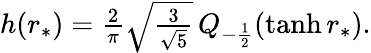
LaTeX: \begin{array}{r}{h(r_{*})=\frac{2}{\pi}\sqrt{\frac{3}{\sqrt{5}}}\, Q_{-\frac{1}{2}}(\operatorname{tanh}r_{*}).}\end{array}